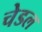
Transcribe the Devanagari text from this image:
चेडल